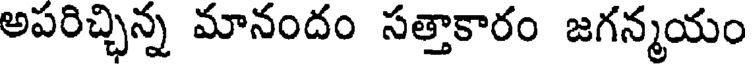
అపరిచ్చిన్న మానందం సత్తాకారం జగన్మయం